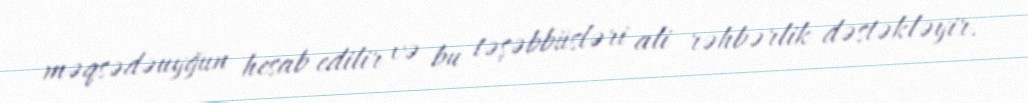
məqsədəuyğun hesab edilir və bu təşəbbüsləri ali rəhbərlik dəstəkləyir.